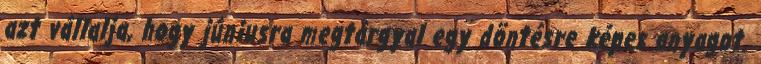
azt vállalja, hogy júniusra megtárgyal egy döntésre képes anyagot.